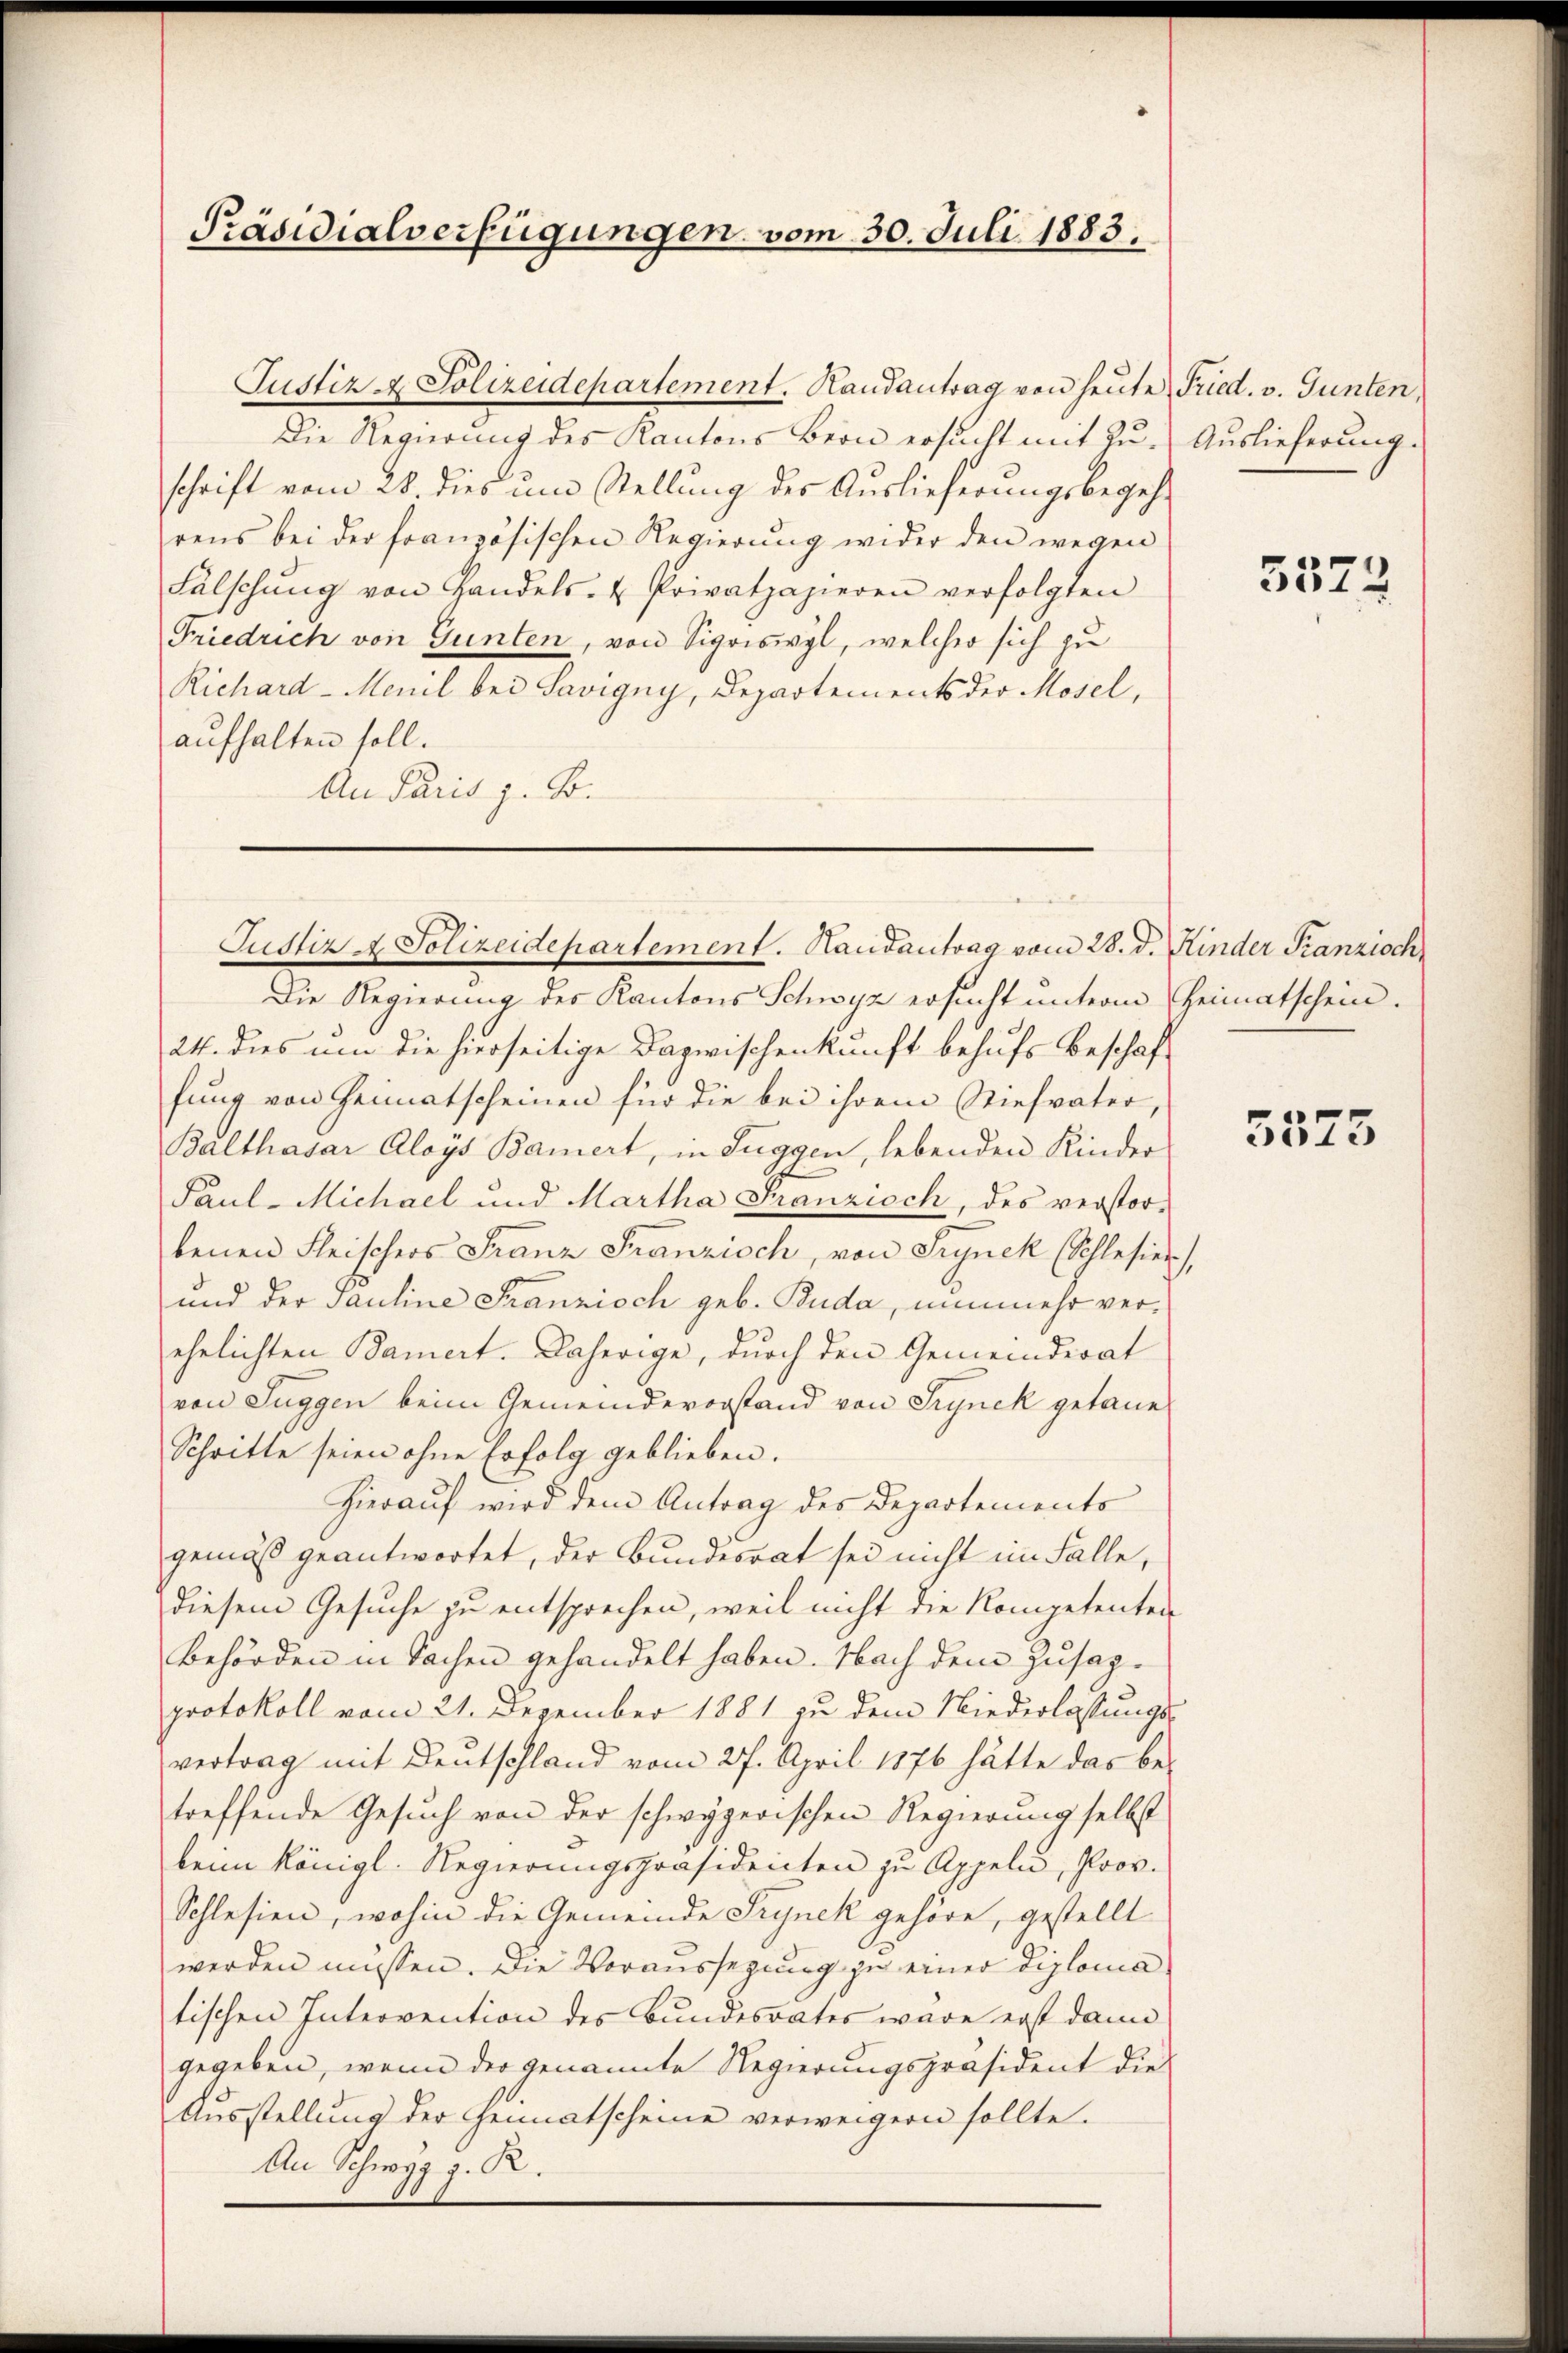
Präsidialverfügungen, vom 30. Juli 1883,

Justiz & Polizeidepartement. Handantrag von heute Fried. v. Gunten,
Die Regierŭng des Kantons Bern ersŭcht mit Zŭ- Auslieferung.
schrift vom 28. dies um Stellung des Auslieferungsbegehrens bei der französischen Regierung wider den wegen
Fälschŭng von Handels- & Privatpapieren verfolgten
Friedrich von Gunten, von Sigriswyl, welcher sich zu
Richard-Menil bei Savigny, Departements der Mosel,
aufhalten soll.
An Paris z. B.

Justiz A. Polizeidepartement. Handantrag vom 28. d. Kinder Franzisch

Die Regierung des Kantons Schwyz ersucht unterm Heimatschein.
24. dies um die hierseitige Dazwischenkunft behufs Beschaf-
fung von Heimatscheinen für die bei ihrem Stiefvater,
Balthasar Aloys Baiert, in Fuggen, lebenden Kinder
Paul - Michael und Martha Franzisch, des verstor-
benen Fleischers Franz Franzisch, von Srynck Schlesier),
und der Pauline Franzisch geb. Buda, nunmehr verehelichten Bamert. Daherige, durch den Gemeinderat
von Suggen beim Gemeindevorstand von Srynck getane
Schritte seien ohne Erfolg geblieben.
Hierauf wird dem Antrag des Departements
gemäß geantwortet, der Bundesrat sei nicht im Falle,
diesem Gesuche zu entsprechen, weil nicht die Kompetenten
Behörden in Sachen gehandelt haben. Nach dem Zusagprotokoll vom 21. Dezember 1881 zu dem Niederlassungs-
vertrag mit Deutschland vom 27. April 1876 hätte das be-
treffende Gesuch von der schwyzerischen Regierung selbst
beim Königl. Regierŭngspräsidenten zŭ Appeln, Prov.
Schlesien, wohin die Gemeinde Trynek gehöre, gestellt
werden müssen. Die Voraussegung zu einer Diplomatischen Intervention des Bundesrates wäre erst dann
gegeben, wenn der genannte Regierungspräsident die
Ausstellung der Heimatscheine verweigern sollte.
An Schwyz z. R.

5572

5373